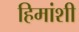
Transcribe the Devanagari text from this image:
हिमांशी